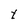
Character: t